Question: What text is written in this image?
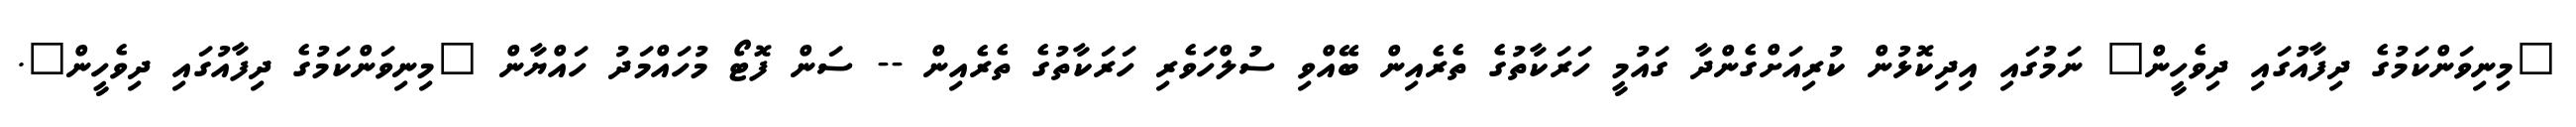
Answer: "މިނިވަންކަމުގެ ދިފާއުގައި ދިވެހީން" ނަމުގައި އިދިކޮޅުން ކުރިއަށްގެންދާ ގައުމީ ހަރަކާތުގެ ތެރެއިން ބޭއްވި ސުލްހަވެރި ހަރަކާތުގެ ތެރެއިން -- ސަން ފޮޓޯ މުހައްމަދު ހައްޔާން "މިނިވަންކަމުގެ ދިފާއުގައި ދިވެހީން".